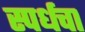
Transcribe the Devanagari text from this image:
स्पर्धचा